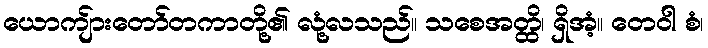
ယောကျ်ားတော်တကာတို့၏ လုံ့လသည်။ သစေအတ္ထိ၊ ရှိအံ့။ တေဝါ စံ၊